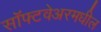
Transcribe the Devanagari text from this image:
सॉफ्टवेअरमधील